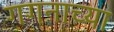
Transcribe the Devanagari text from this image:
गगनाच्या